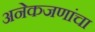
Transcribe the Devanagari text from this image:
अनेकजणांचा